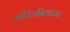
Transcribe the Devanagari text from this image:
मॉरिटानियाच्या